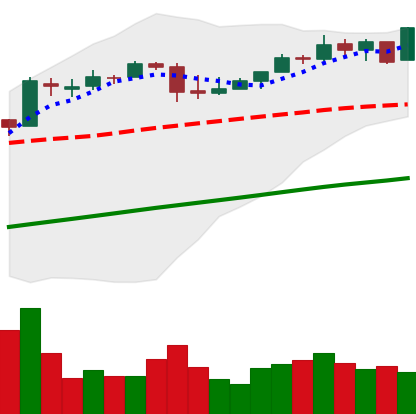
Ticker: BTC-USD
Chart end date: 2017-04-24
Forward return: 5.731%
Label: up_5_7